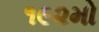
૧૯૨મો